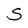
Character: S